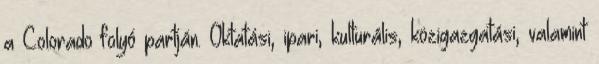
a Colorado folyó partján. Oktatási, ipari, kulturális, közigazgatási, valamint